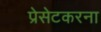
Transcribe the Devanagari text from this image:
प्रेसेटकरना